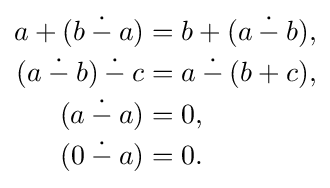
{\begin{aligned}a+(b\mathbin {\dot {-}} a)&=b+(a\mathbin {\dot {-}} b),\\(a\mathbin {\dot {-}} b)\mathbin {\dot {-}} c&=a\mathbin {\dot {-}} (b+c),\\(a\mathbin {\dot {-}} a)&=0,\\(0\mathbin {\dot {-}} a)&=0.\\\end{aligned}}